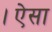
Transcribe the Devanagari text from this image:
।ऐसा